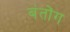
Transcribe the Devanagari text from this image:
बंतोंग